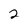
Character: 2